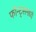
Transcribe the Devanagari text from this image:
फॉन्ट्‌समध्ये